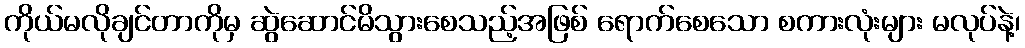
ကိုယ်မလိုချင်တာကိုမှ ဆွဲဆောင်မိသွားစေသည့်အဖြစ် ရောက်စေသော စကားလုံးများ မလုပ်နဲ့၊